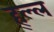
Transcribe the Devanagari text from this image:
ह्ल्ल